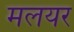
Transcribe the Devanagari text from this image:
मलयर